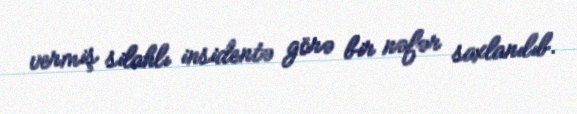
vermiş silahlı insidentə görə bir nəfər saxlanılıb.